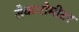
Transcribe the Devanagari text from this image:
सैकारोमीटर